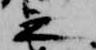
之